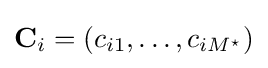
\mathbf {C} _{i}=(c_{i1},\ldots ,c_{iM^{\star }})